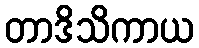
တာဒိသိကာယ